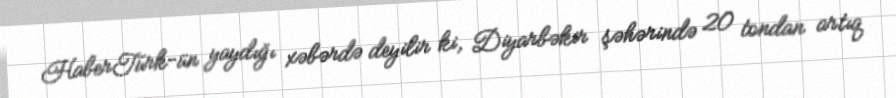
HaberTurk-ün yaydığı xəbərdə deyilir ki, Diyarbəkir şəhərində 20 tondan artıq